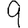
Digit: 9